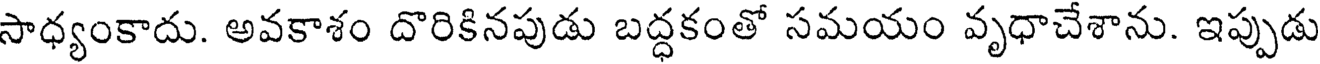
సాధ్యంకాదు. అవకాశం దొరికినపుడు బద్ధకంతో సమయం వృధాచేశాను. ఇప్పుడు